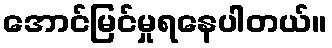
အောင်မြင်မှုရနေပါတယ်။